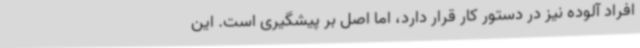
افراد آلوده نیز در دستور کار قرار دارد، اما اصل بر پیشگیری است. این